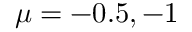
\mu = - 0 . 5 , - 1